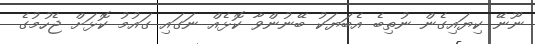
ނޫނޭ ކިޔައިގެން ނުތިބެ އެބަޔަކު ބޭނުންވާ ކޮޅެއް ނަގައި ގައުމު ކޮޅަށް ޖެހުމުގެ